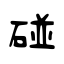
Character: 碰